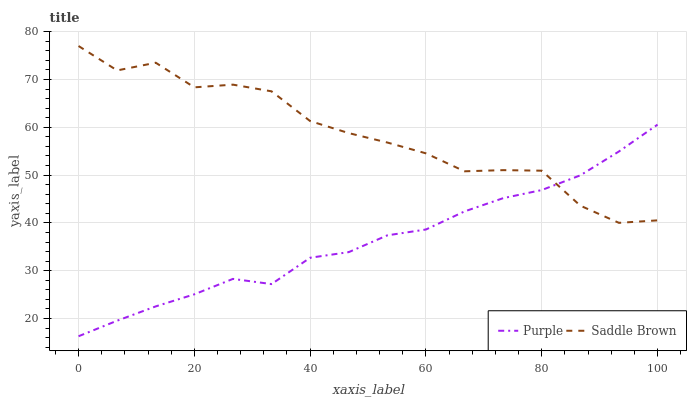
| xaxis_label | Purple | Saddle Brown |
 | --- | --- | --- |
 | 0 | 16.3 | 77 |
 | 6.67 | 19.6 | 71.9 |
 | 13.3 | 22.5 | 73.5 |
 | 20 | 25.1 | 68.4 |
 | 26.7 | 28.3 | 68.9 |
 | 33.3 | 27.2 | 67.5 |
 | 40 | 32.7 | 61.3 |
 | 46.7 | 33.9 | 58.8 |
 | 53.3 | 37.4 | 56.8 |
 | 60 | 38.6 | 54.6 |
 | 66.7 | 42.4 | 50.8 |
 | 73.3 | 45.2 | 51 |
 | 80 | 46.9 | 50.9 |
 | 86.7 | 50 | 43.6 |
 | 93.3 | 54.9 | 40 |
 | 100 | 60.6 | 40.5 |